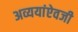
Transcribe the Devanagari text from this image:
अव्ययांऐवजी